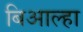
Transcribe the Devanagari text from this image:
बिआल्हा